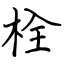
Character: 栓